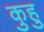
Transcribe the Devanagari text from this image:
कुहु